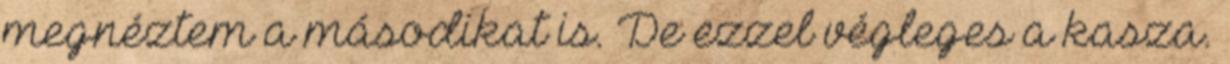
megnéztem a másodikat is. De ezzel végleges a kasza.